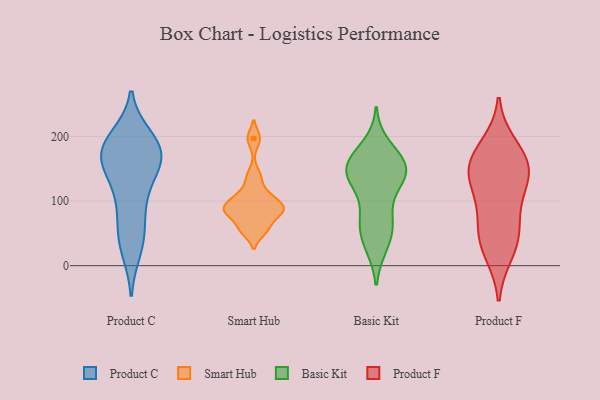
{"axis": {"x": "Backlog", "y": "Value"}, "legend": ["Basic Kit", "Product C", "Product F", "Smart Hub"], "data": [{"x": "", "y": 182, "type": "Product C"}, {"x": "", "y": 162, "type": "Product C"}, {"x": "", "y": 185, "type": "Product C"}, {"x": "", "y": 86, "type": "Product C"}, {"x": "", "y": 178, "type": "Product C"}, {"x": "", "y": 186, "type": "Product C"}, {"x": "", "y": 197, "type": "Product C"}, {"x": "", "y": 153, "type": "Product C"}, {"x": "", "y": 99, "type": "Product C"}, {"x": "", "y": 174, "type": "Product C"}, {"x": "", "y": 127, "type": "Product C"}, {"x": "", "y": 154, "type": "Product C"}, {"x": "", "y": 43, "type": "Product C"}, {"x": "", "y": 43, "type": "Product C"}, {"x": "", "y": 26, "type": "Product C"}, {"x": "", "y": 138, "type": "Smart Hub"}, {"x": "", "y": 103, "type": "Smart Hub"}, {"x": "", "y": 197, "type": "Smart Hub"}, {"x": "", "y": 54, "type": "Smart Hub"}, {"x": "", "y": 90, "type": "Smart Hub"}, {"x": "", "y": 86, "type": "Smart Hub"}, {"x": "", "y": 59, "type": "Smart Hub"}, {"x": "", "y": 83, "type": "Smart Hub"}, {"x": "", "y": 111, "type": "Smart Hub"}, {"x": "", "y": 84, "type": "Smart Hub"}, {"x": "", "y": 154, "type": "Basic Kit"}, {"x": "", "y": 31, "type": "Basic Kit"}, {"x": "", "y": 73, "type": "Basic Kit"}, {"x": "", "y": 136, "type": "Basic Kit"}, {"x": "", "y": 73, "type": "Basic Kit"}, {"x": "", "y": 144, "type": "Basic Kit"}, {"x": "", "y": 68, "type": "Basic Kit"}, {"x": "", "y": 128, "type": "Basic Kit"}, {"x": "", "y": 163, "type": "Basic Kit"}, {"x": "", "y": 163, "type": "Basic Kit"}, {"x": "", "y": 32, "type": "Basic Kit"}, {"x": "", "y": 130, "type": "Basic Kit"}, {"x": "", "y": 55, "type": "Basic Kit"}, {"x": "", "y": 165, "type": "Basic Kit"}, {"x": "", "y": 147, "type": "Basic Kit"}, {"x": "", "y": 185, "type": "Basic Kit"}, {"x": "", "y": 139, "type": "Basic Kit"}, {"x": "", "y": 145, "type": "Product F"}, {"x": "", "y": 166, "type": "Product F"}, {"x": "", "y": 104, "type": "Product F"}, {"x": "", "y": 48, "type": "Product F"}, {"x": "", "y": 185, "type": "Product F"}, {"x": "", "y": 157, "type": "Product F"}, {"x": "", "y": 37, "type": "Product F"}, {"x": "", "y": 146, "type": "Product F"}, {"x": "", "y": 131, "type": "Product F"}, {"x": "", "y": 21, "type": "Product F"}, {"x": "", "y": 72, "type": "Product F"}]}